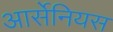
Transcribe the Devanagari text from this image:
आर्सेनियस